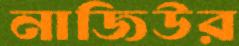
নাজিউর